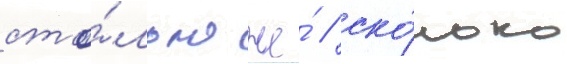
сто́лько же́ / ско́лько